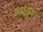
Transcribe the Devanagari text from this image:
मजकूरच